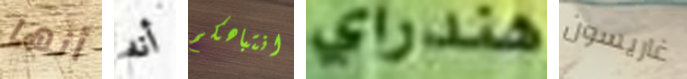
أنها أنه انتباهكم هندراي غاريسون